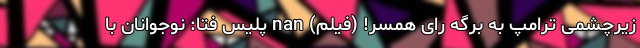
زیرچشمی ترامپ به برگه رای همسر! (فیلم) nan پلیس فتا: نوجوانان با